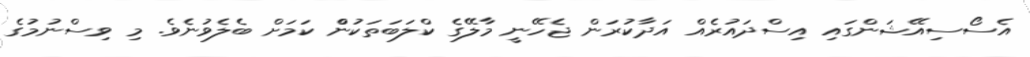
އެސޯސިއޭޝަންގައި އިސްދައުރެއް އަދާކުރަން ޖެހޭނީ މާލޭގެ ކްލަބަތަކުންް ކަމަށް ބެލެވުނެވެ. މި ވިސްނުމުގެ